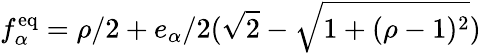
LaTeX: f_{\alpha}^{\mathrm{eq}}=\rho/2+e_{\alpha}/2(\sqrt{2}-\sqrt{1+(\rho-1)^{2}})